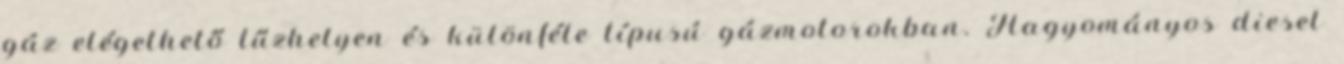
gáz elégethető tűzhelyen és különféle típusú gázmotorokban. Hagyományos diesel